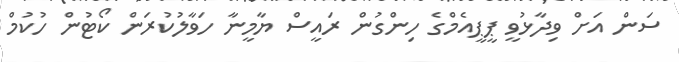
ސަން އަށް ވިދާޅުވީ ޕީޕީއެމްގެ ހިންގުން ރައީސް ޔާމީނާ ހަވާލުކުރަން ކޯޓުން ހުކުމް